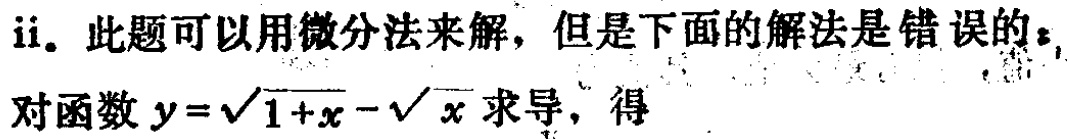
ii. 此题可以用微分法来解，但是下面的解法是错误的：

对函数 \(y = \sqrt{1 + x}-\sqrt{x}\) 求导，得